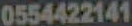
0554422141